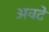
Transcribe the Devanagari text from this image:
अवटे